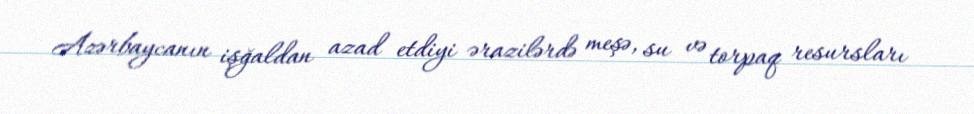
Azərbaycanın işğaldan azad etdiyi ərazilərdə meşə, su və torpaq resursları